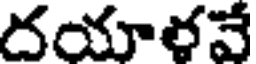
దయాళవే